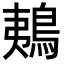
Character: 鴺